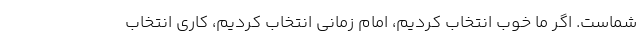
شماست. اگر ما خوب انتخاب کردیم، امام ‌زمانی انتخاب کردیم، کاری انتخاب